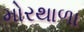
મોરથાળા